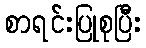
စာရင်းပြုစုပြီး